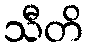
သီတိ